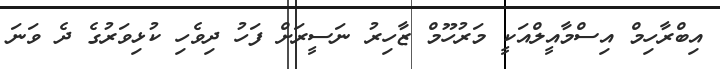
އިބްރާހިމް އިސްމާއީލްއަކީ މަރުހޫމް ޒާހިރު ނަސީރަށް ފަހު ދިވެހި ކުޅިވަރުގެ ދެ ވަނަ